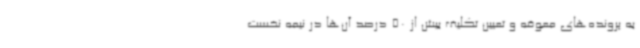
به پرونده‌های معوقه و تعیین تکلیف بیش از 50 درصد آن‌ها در نیمه نخست